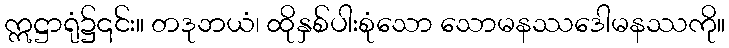
ဣဋ္ဌာရုံ၌၎င်း။ တဒုဘယံ၊ ထိုနှစ်ပါးစုံသော သောမနဿဒေါမနဿကို။